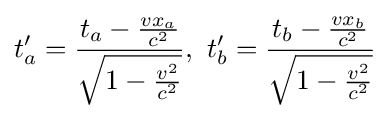
t_{a}^{\prime }={\frac {t_{a}-{\frac {vx_{a}}{c^{2}}}}{\sqrt {1-{\frac {v^{2}}{c^{2}}}}}},\ t_{b}^{\prime }={\frac {t_{b}-{\frac {vx_{b}}{c^{2}}}}{\sqrt {1-{\frac {v^{2}}{c^{2}}}}}}